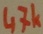
Text: 47k